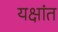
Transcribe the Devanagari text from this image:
यक्षांत